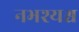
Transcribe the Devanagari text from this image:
नभश्यश्च